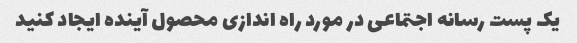
یک پست رسانه اجتماعی در مورد راه اندازی محصول آینده ایجاد کنید